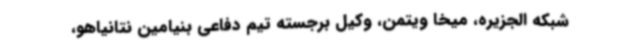
شبکه الجزیره، میخا ویتمن، وکیل برجسته تیم دفاعی بنیامین نتانیاهو،